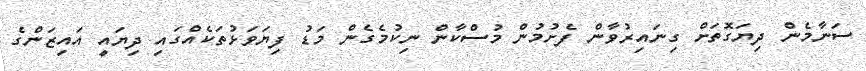
ސަނާމެން ދިޔަގޮތަށް ގިނައިރުވާން ފެށުމުން މުސްކާން ނިކުމެގެން މަޑު ފިޔަވަޅުތަކެއްގައި ދިޔައީ އައިޒަންގެ